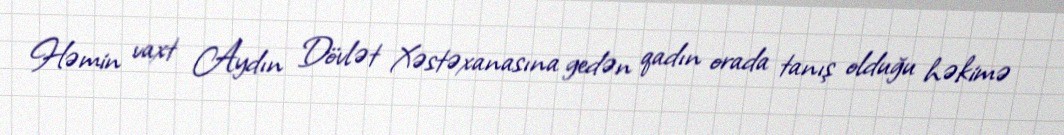
Həmin vaxt Aydın Dövlət Xəstəxanasına gedən qadın orada tanış olduğu həkimə